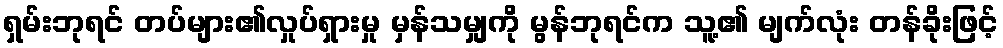
ရှမ်းဘုရင် တပ်များ၏လှုပ်ရှားမှု မှန်သမျှကို မွန်ဘုရင်က သူ့၏ မျက်လုံး တန်ခိုးဖြင့်